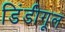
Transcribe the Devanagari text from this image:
डिंडीगूल